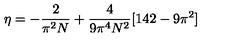
\eta = - \frac { 2 } { \pi ^ { 2 } N } + \frac { 4 } { 9 \pi ^ { 4 } N ^ { 2 } } [ 1 4 2 - 9 \pi ^ { 2 } ]